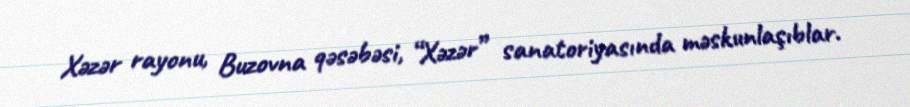
Xəzər rayonu, Buzovna qəsəbəsi, “Xəzər” sanatoriyasında məskunlaşıblar.